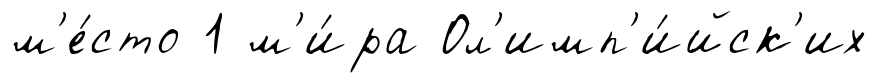
м'е́сто 1 м'и́ра Ол'имп'и́йск'их